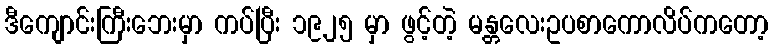
ဒီကျောင်းကြီးဘေးမှာ ကပ်ပြီး ၁၉၂၅ မှာ ဖွင့်တဲ့ မန္တလေးဥပစာကောလိပ်ကတော့